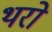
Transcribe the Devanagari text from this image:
थरो